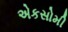
એકસોમી